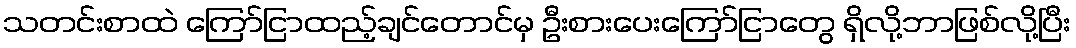
သတင်းစာထဲ ကြော်ငြာထည့်ချင်တောင်မှ ဦးစားပေးကြော်ငြာတွေ ရှိလို့ဘာဖြစ်လို့ပြီး